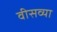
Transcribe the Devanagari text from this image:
वीसव्या